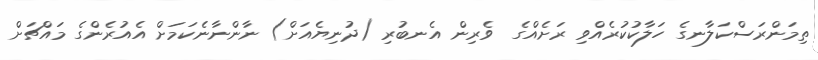
ތިމަންރަސްކަލާނގެ ހަލާކުކުރެއްވި ރަށެއްގެ  ވެރިން އެނބުރި (ދުނިޔެއަށް) ނާންނާނެކަމަށް އެއުރެންގެ މައްޗަށް